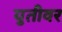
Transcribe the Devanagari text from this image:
युतीवर